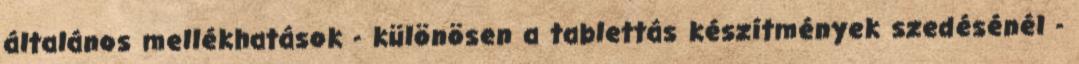
általános mellékhatások - különösen a tablettás készítmények szedésénél -